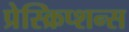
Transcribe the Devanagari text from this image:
प्रेस्क्रिप्शन्स